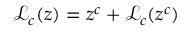
{ \mathcal { L } } _ { c } ( z ) = z ^ { c } + { \mathcal { L } } _ { c } ( z ^ { c } )